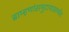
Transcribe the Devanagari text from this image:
ब्राम्हणांसमुदायासमवेत